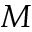
M